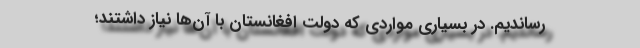
رساندیم. در بسیاری مواردی که دولت افغانستان با آن‌ها نیاز داشتند؛